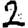
Digit: 2